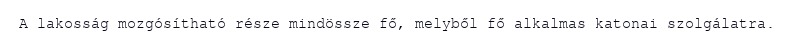
A lakosság mozgósítható része mindössze fő, melyből fő alkalmas katonai szolgálatra.